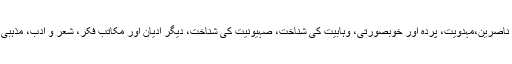
، اہل بیت علیہم السلام کے ناصرین،مہدویت، پردہ اور خوبصورتی، وہابیت کی شناخت، صہیونیت کی شناخت، دیگر ادیان اور مکاتب فکر، شعر و ادب، مذہبی اس ام اس، ابنا اور قارئین۔